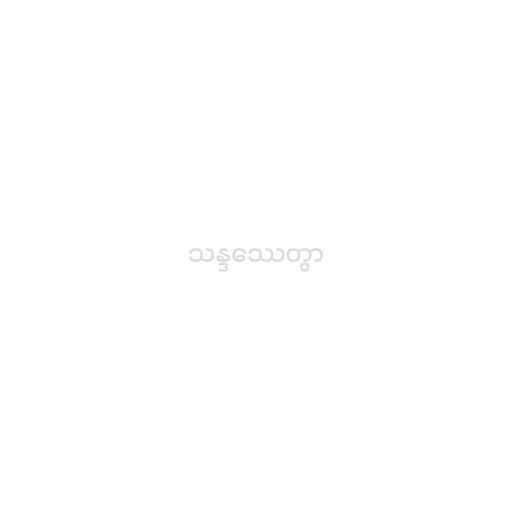
သန္ဒဿေတွာ